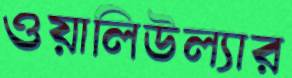
ওয়ালিউল্যার